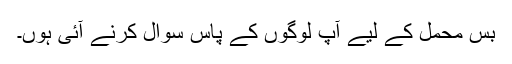
بس محمل کے لیے آپ لوگوں کے پاس سوال کرنے آئی ہوں۔